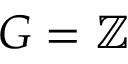
G = \mathbb { Z }